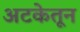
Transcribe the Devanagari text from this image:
अटकेतून